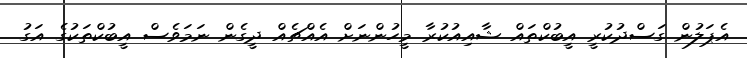
އެޕަލުން ގަސްދުކުރީ އީބުކްތައް ޝާއިއުކުރާ މީހުންނަށް އެއްޗެއް ދީގެން ނަމަވެސް އީބުކްތަކުގެ އަގު